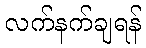
လက်နက်ချရန်